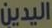
اليدين